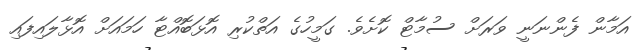
އަމާން ފެންނަނީ ވަރަށް ސުމާޓް ކޮށެވެ. ގަމީހުގެ އަތްކުރި އޮޅަބޮއްޓާ ހަމައަށް އޮޅާލައިފައި